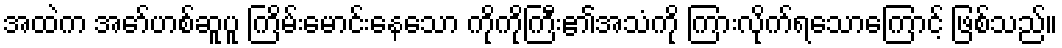
အထဲက အော်ဟစ်ဆူပူ ကြိမ်းမောင်းနေသော ကိုကိုကြီး၏အသံကို ကြားလိုက်ရသောကြောင့် ဖြစ်သည်။